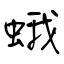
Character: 蛾